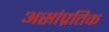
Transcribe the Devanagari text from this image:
असांप्रतिक